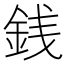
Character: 銭